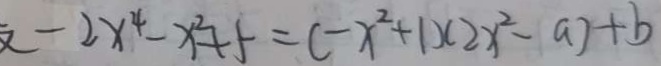
- 2 x ^ { 4 } - x ^ { 2 } + 5 = ( - x ^ { 2 } + 1 ) ( 2 x ^ { 2 } - a ) + b